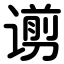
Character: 谫